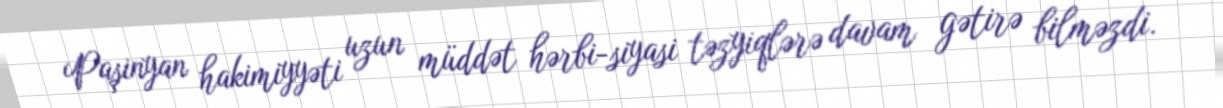
Paşinyan hakimiyyəti uzun müddət hərbi-siyasi təzyiqlərə davam gətirə bilməzdi.